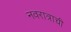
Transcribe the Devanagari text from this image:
नवरात्राची